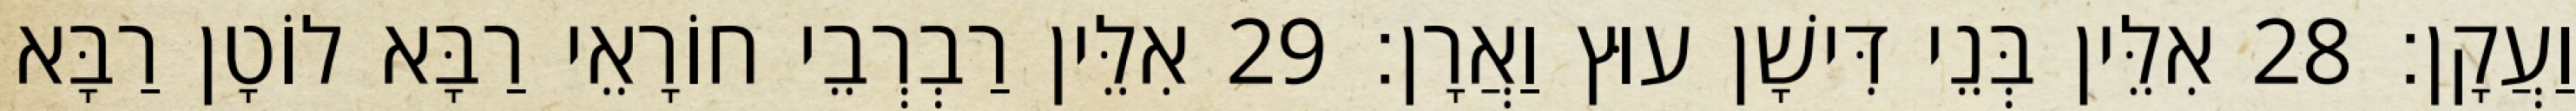
וַעֲקָן׃ 28 אִלֵּין בְּנֵי דִּישָׁן עוּץ וַאֲרָן׃ 29 אִלֵּין רַבְרְבֵי חוֹרָאֵי רַבָּא לוֹטָן רַבָּא